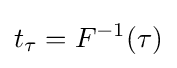
t_{\tau }=F^{-1}(\tau )